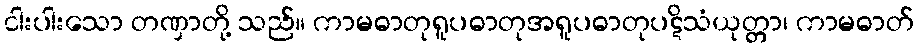
ငါးပါးသော တဏှာတို့ သည်။ ကာမဓာတုရူပဓာတုအရူပဓာတုပဋိသံယုတ္တာ၊ ကာမဓာတ်